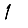
Digit: 1